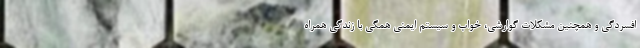
افسردگی و همچنین مشکلات گوارشی، خواب و سیستم ایمنی همگی با زندگی همراه